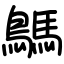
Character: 鷌